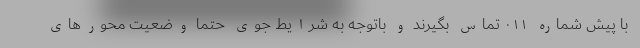
با پیش شماره ۰۱۱ تماس بگیرند و باتوجه به شرایط جوی حتما وضعیت محورهای